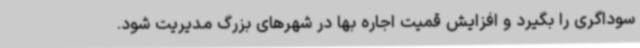
سوداگری را بگیرد و افزایش قمیت اجاره بها در شهرهای بزرگ مدیریت شود.